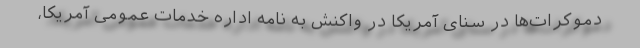
دموکرات‌ها در سنای آمریکا در واکنش به نامه اداره خدمات عمومی آمریکا،